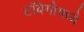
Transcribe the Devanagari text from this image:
टॉबेगोमध्ये